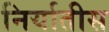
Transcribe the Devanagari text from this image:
निर्यातीस